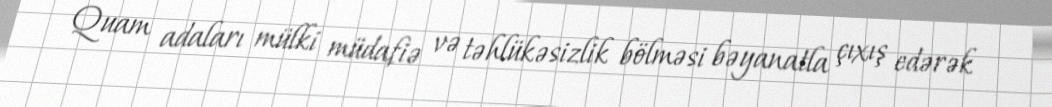
Quam adaları mülki müdafiə və təhlükəsizlik bölməsi bəyanatla çıxış edərək